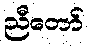
ညီတော်